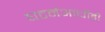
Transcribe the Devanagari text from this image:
घटनेआधीही